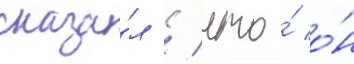
сказа́л / что́ о́н